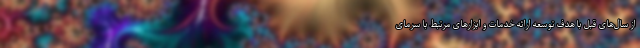
از سال‌های قبل با هدف توسعه ارائه خدمات و ابزارهای مرتبط با سرمای